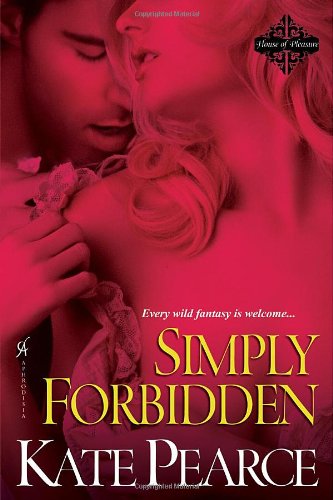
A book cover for Simply Forbidden (House of Pleasure); Pearce Kate; Romance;